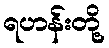
ရဟန်းတို့